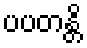
ပပတန္တိ